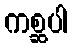
ကစ္ဆပါ